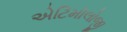
એટિમૉલોજી